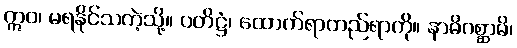
ဣဝ၊ မရနိုင်သကဲ့သို့။ ပတိဋ္ဌံ၊ ထောက်ရာတည်ရာကို။ နာဓိဂစ္ဆာမိ၊